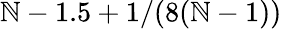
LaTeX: \mathbb{N}-1.5+1/(8(\mathbb{N}-1))